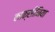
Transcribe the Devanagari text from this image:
काक्सीनिया